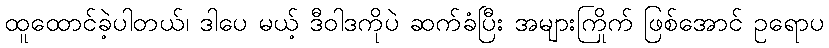
ထူထောင်ခဲ့ပါတယ်၊ ဒါပေ မယ့် ဒီဝါဒကိုပဲ ဆက်ခံပြီး အများကြိုက် ဖြစ်အောင် ဥရောပ